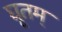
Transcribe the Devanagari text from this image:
घृतम्